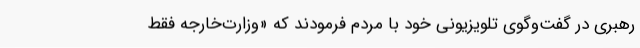
رهبری در گفت‌وگوی تلویزیونی خود با مردم فرمودند که «وزارت‌خارجه فقط